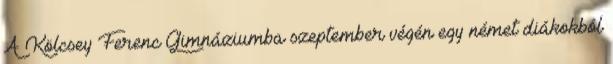
A Kölcsey Ferenc Gimnáziumba szeptember végén egy német diákokból